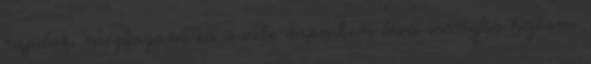
nyúlok, megfogom és a vele szemben lévő irányba hajtom